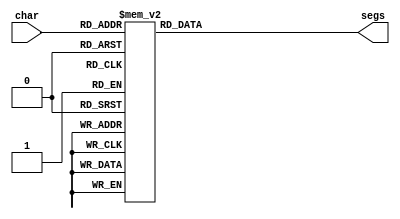
module seven_seg_11 (
    input [4:0] char,
    output reg [6:0] segs
  );
  
  
  
  always @* begin
    
    case (char)
      1'h0: begin
        segs = 7'h3f;
      end
      1'h1: begin
        segs = 7'h06;
      end
      2'h2: begin
        segs = 7'h5b;
      end
      2'h3: begin
        segs = 7'h4f;
      end
      3'h4: begin
        segs = 7'h66;
      end
      3'h5: begin
        segs = 7'h6d;
      end
      3'h6: begin
        segs = 7'h7d;
      end
      3'h7: begin
        segs = 7'h07;
      end
      4'h8: begin
        segs = 7'h7f;
      end
      4'h9: begin
        segs = 7'h67;
      end
      4'ha: begin
        segs = 7'h77;
      end
      4'hb: begin
        segs = 7'h7c;
      end
      4'hc: begin
        segs = 7'h39;
      end
      4'hd: begin
        segs = 7'h5e;
      end
      4'he: begin
        segs = 7'h79;
      end
      4'hf: begin
        segs = 7'h00;
      end
      5'h10: begin
        segs = 7'h38;
      end
      5'h11: begin
        segs = 7'h5c;
      end
      5'h12: begin
        segs = 7'h54;
      end
      5'h13: begin
        segs = 7'h50;
      end
      5'h14: begin
        segs = 7'h76;
      end
      5'h15: begin
        segs = 7'h01;
      end
      5'h16: begin
        segs = 7'h73;
      end
      default: begin
        segs = 7'h00;
      end
    endcase
  end
endmodule